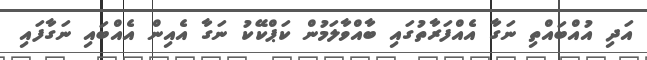
އަދި އުއްބައްތި ނަގާ އެއްފަރާތުގައި ބާއްވާލަމުން ކަޕްކޭކު ނަގާ އެއިން އެއްބައި ނަގާފައި